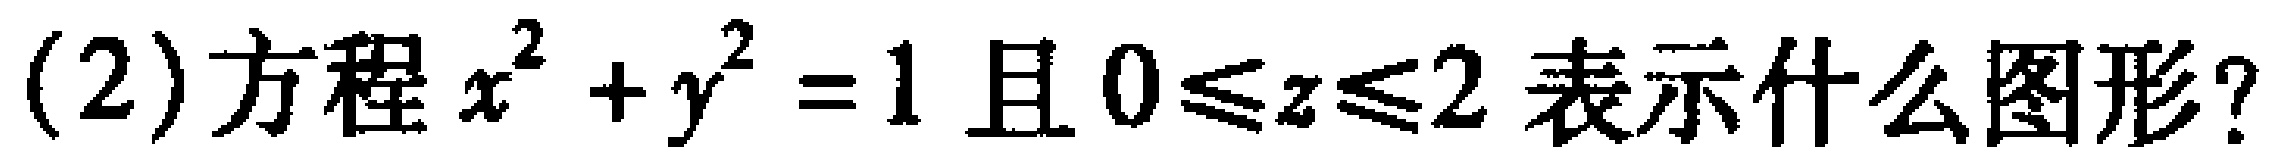
(2)方程$x^{2}+y^{2}=1$且$0\leqslant z\leqslant 2$表示什么图形？